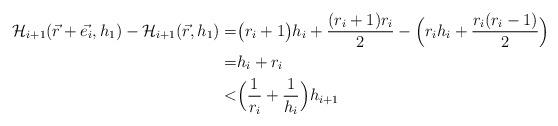
LaTeX: \begin{align*}\mathcal{H}_{i+1}(\vec{r}+\vec{e_i},h_1) - \mathcal{H}_{i+1}(\vec{r},h_1) =& \big( r_i+1 \big) h_i + \frac{(r_i+1)r_i}{2} - \Big( r_i h_i + \frac{r_i(r_i-1)}{2} \Big) \\ =& h_i + r_i \\ <& \Big( \frac{1}{r_i} + \frac{1}{h_i} \Big) h_{i+1} \end{align*}